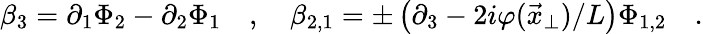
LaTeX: \beta_{3}=\partial_{1}\Phi_{2}-\partial_{2}\Phi_{1}\quad,\quad\beta_{2,1}=\pm\left(\partial_{3}-2i\varphi(\vec{x}_{\perp})/L\right)\Phi_{1,2}\quad.